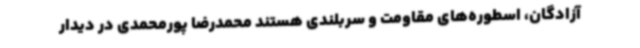
آزادگان، اسطوره‌های مقاومت و سربلندی هستند محمدرضا پورمحمدی در دیدار